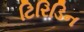
ટિરિડિન